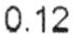
0.12